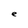
Character: e